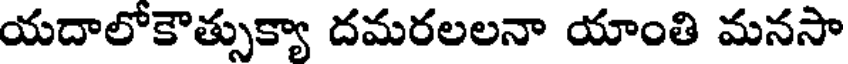
యదాలోకౌత్సుక్యా దమరలలనా యాంతి మనసా